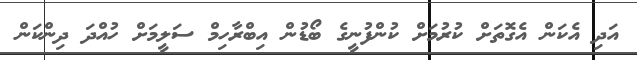
އަދި އެކަން އެގޮތަށް ކުރުމަށް ކުންފުނީގެ ބޯޑުން އިބްރާހިމް ސަލީމަށް ހުއްދަ ދިންކަން